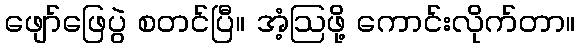
ဖျော်ဖြေပွဲ စတင်ပြီ။ အံ့ဩဖို့ ကောင်းလိုက်တာ။